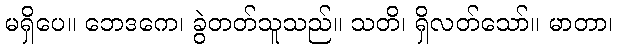
မရှိပေ။ ဘေဒကေ၊ ခွဲတတ်သူသည်။ သတိ၊ ရှိလတ်သော်။ မာတာ၊